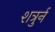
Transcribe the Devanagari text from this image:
शत्रुर्न